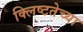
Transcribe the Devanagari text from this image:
क्लिष्टतेच्या